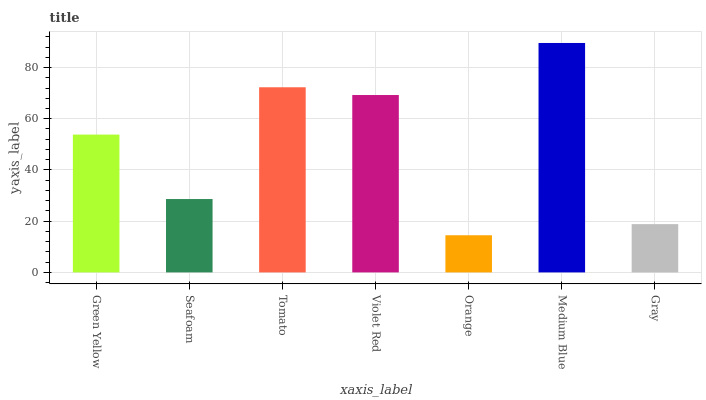
| xaxis_label | bars |
 | --- | --- |
 | Green Yellow | 53.8 |
 | Seafoam | 28.7 |
 | Tomato | 72.3 |
 | Violet Red | 69.3 |
 | Orange | 14.5 |
 | Medium Blue | 89.6 |
 | Gray | 18.9 |